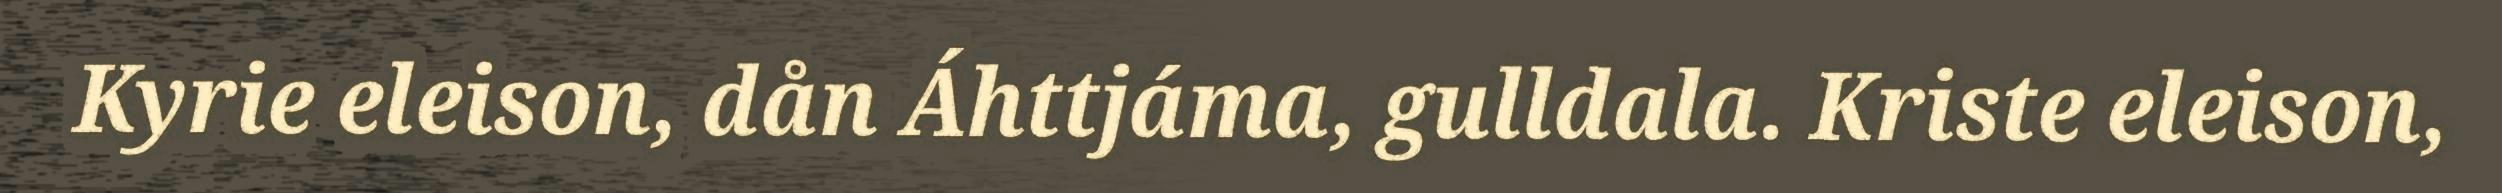
Kyrie eleison, dån Áhttjáma, gulldala. Kriste eleison,